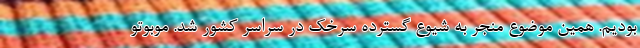
بودیم. همین موضوع منجر به شیوع گسترده سرخک در سراسر کشور شد. موبوتو